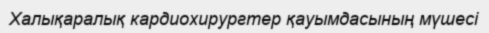
Халықаралық кардиохирургтер қауымдасының мүшесі